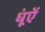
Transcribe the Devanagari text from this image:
धूंऐं